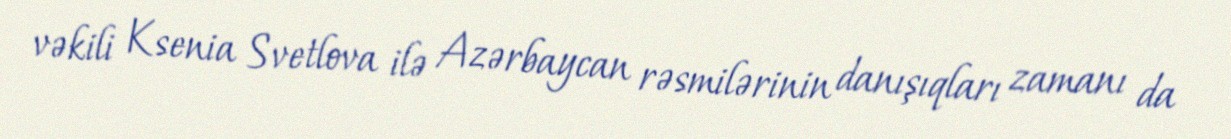
vəkili Ksenia Svetlova ilə Azərbaycan rəsmilərinin danışıqları zamanı da